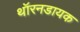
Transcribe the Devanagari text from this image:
थॉरनडायक